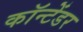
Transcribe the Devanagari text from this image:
कॉन्टेंडर